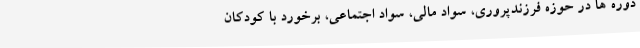
دوره ها در حوزه فرزندپروری، سواد مالی، سواد اجتماعی، برخورد با کودکان